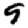
Digit: 9